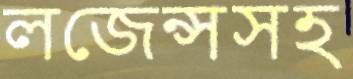
লজেন্সসহ